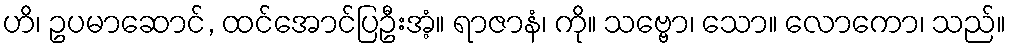
ဟိ၊ ဥပမာဆောင်, ထင်အောင်ပြဦးအံ့။ ရာဇာနံ၊ ကို။ သဗ္ဗော၊ သော။ လောကော၊ သည်။